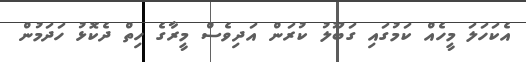
އެކަހަލަ މީހެއް ކަމުގައި ގަބޫލު ކުރަން އަދިވެސް މީރާގެ ހިތް ދެކޮޅު ހަދަމުން